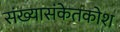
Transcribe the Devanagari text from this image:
संख्यासंकेतकोश